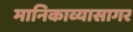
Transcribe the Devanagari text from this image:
मानिकाव्यासागर